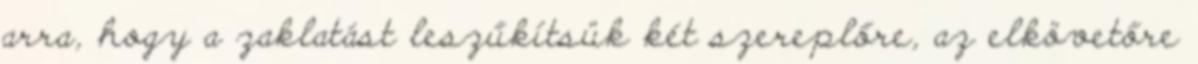
arra, hogy a zaklatást leszűkítsük két szereplőre, az elkövetőre